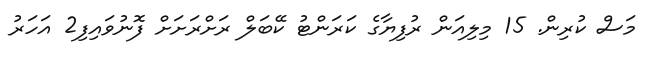
މަސް ކުރިން. 15 މިލިއަން ރުފިޔާގެ ކަރަންޓު ކޭބަލް ރަށްރަށަށް ފޮނުވައިފި2 އަހަރު